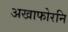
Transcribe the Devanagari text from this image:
अखाफोरनि